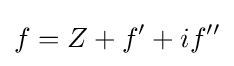
f=Z+f'+if''